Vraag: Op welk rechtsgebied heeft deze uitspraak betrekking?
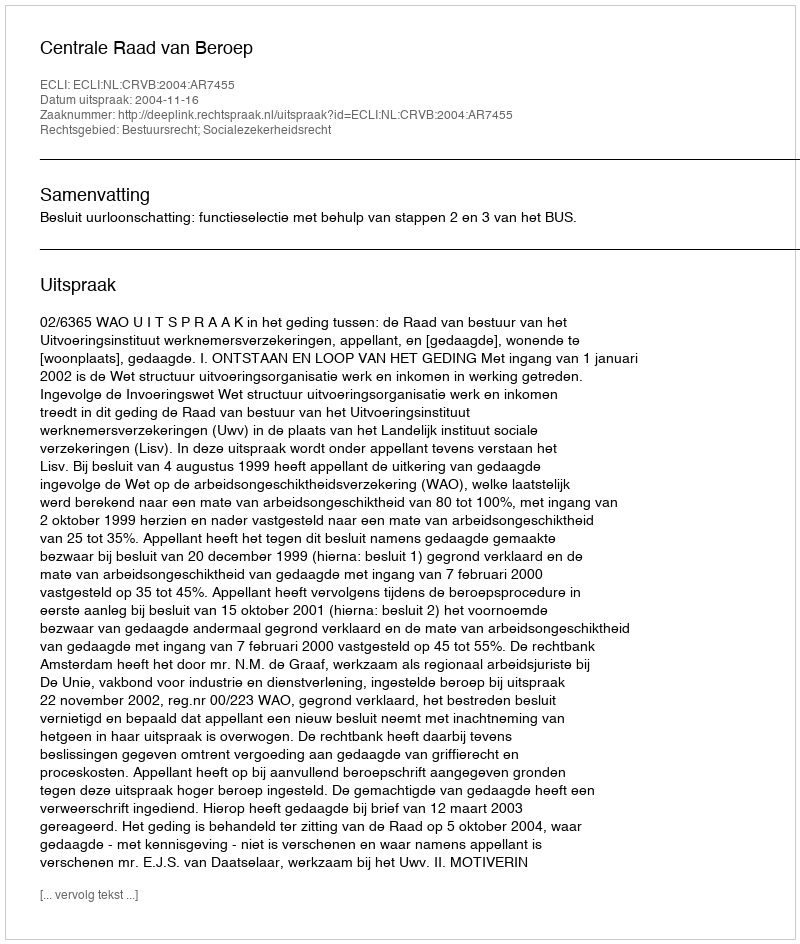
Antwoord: Bestuursrecht; Socialezekerheidsrecht